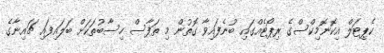
ކެޕިޓަލް އިކޮނޮމިކްސްގެ ރިޕޯޓެއްގައި ބުނެފައިވާ ގޮތުން މި ތަފާސް ހިސާބުތަކަށް ބަލައިފައި ޗައިނާގެ